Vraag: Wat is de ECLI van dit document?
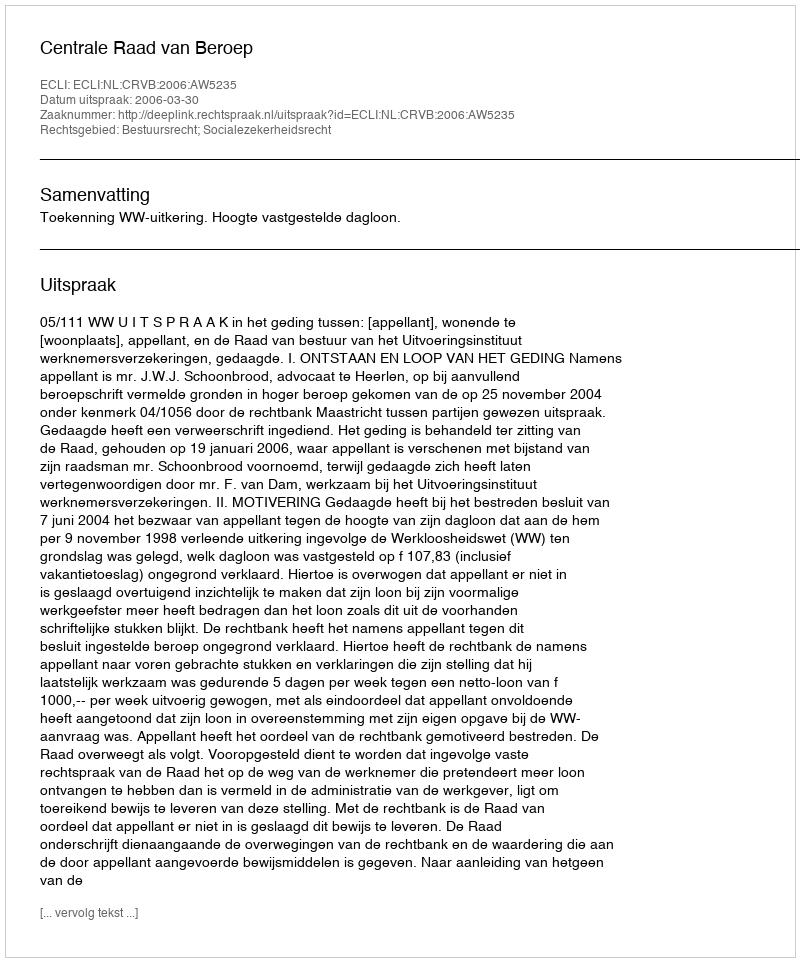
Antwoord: ECLI:NL:CRVB:2006:AW5235